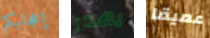
إعجابكم يهدر عميقا